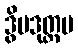
ဒွိပဒုတ္တမ